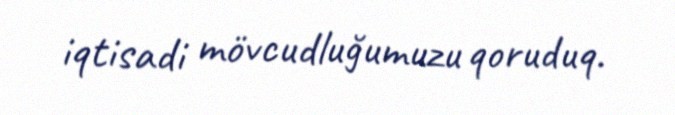
iqtisadi mövcudluğumuzu qoruduq.